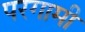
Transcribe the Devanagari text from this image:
परगामी